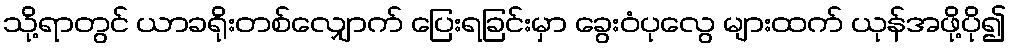
သို့ရာတွင် ယာခရိုးတစ်လျှောက် ပြေးရခြင်းမှာ ခွေးဝံပုလွေ များထက် ယုန်အဖို့ပို၍